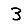
Digit: 3